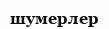
шумерлер